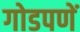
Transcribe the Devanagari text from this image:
गोडपणें